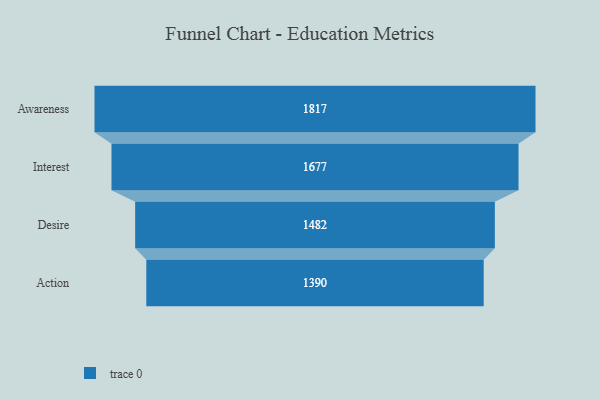
{"axis": {"x": "Stage", "y": "Value"}, "legend": [""], "data": [{"x": "Awareness", "y": 1817.0, "type": ""}, {"x": "Interest", "y": 1677.0, "type": ""}, {"x": "Desire", "y": 1482.0, "type": ""}, {"x": "Action", "y": 1390.0, "type": ""}]}